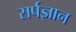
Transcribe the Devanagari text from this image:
सर्पज्ञान